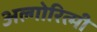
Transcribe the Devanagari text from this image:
अल्गोरित्मी